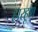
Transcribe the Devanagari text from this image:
हारहूण